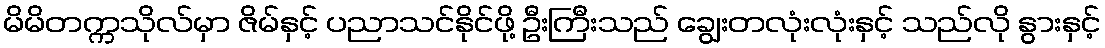
မိမိတက္ကသိုလ်မှာ ဇိမ်နှင့် ပညာသင်နိုင်ဖို့ ဦးကြီးသည် ချွေးတလုံးလုံးနှင့် သည်လို နွားနှင့်